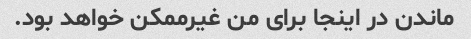
ماندن در اینجا برای من غیرممکن خواهد بود.